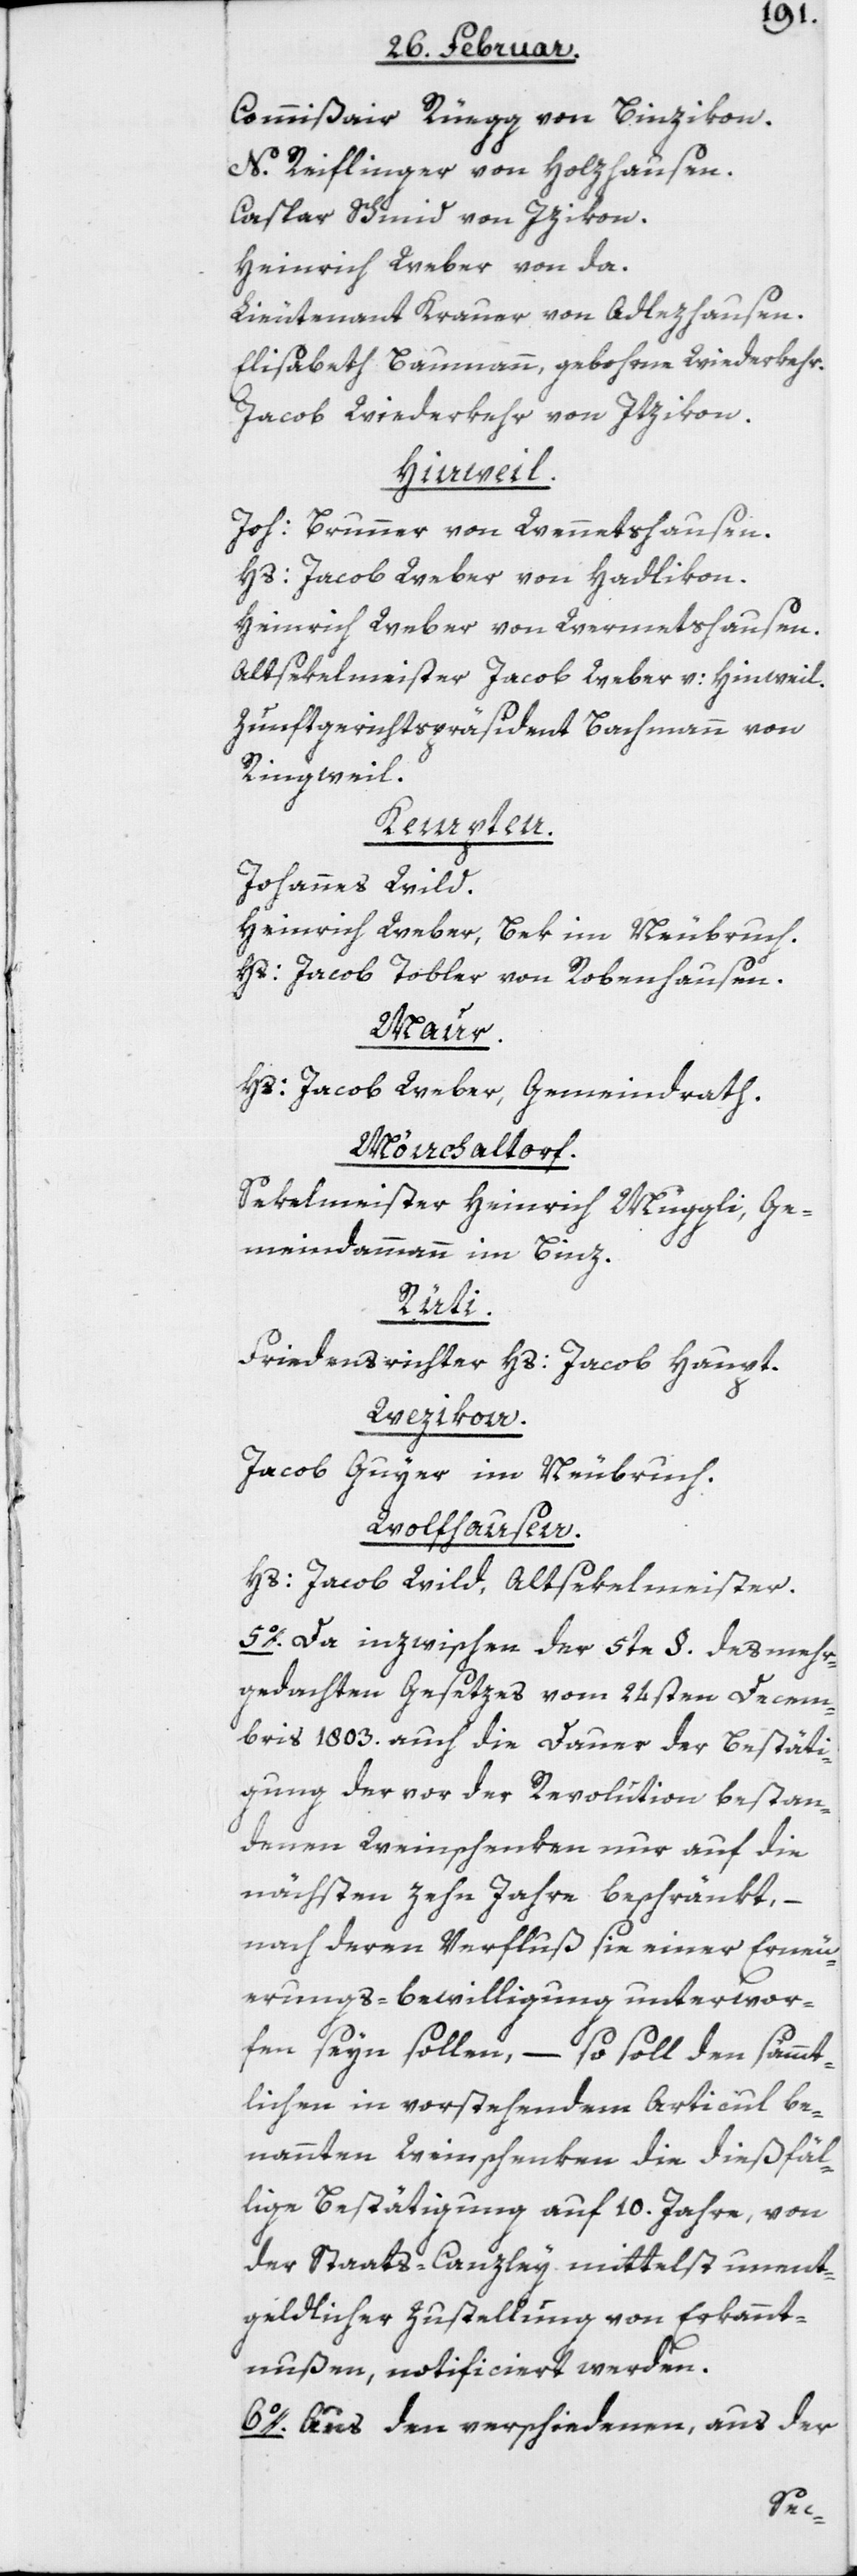
Commißair Rüegg von Binzikon.
N. Reiflinger von Holzhausen.
Caspar Schmid von Izikon.
Heinrich Weber von da.
Lieutenant Krauer von Adlezhausen.
Elisabeth Baumann, gebohrne Wiederkehr.
Jacob Wiederkehr von Itzikon.
Hinweil.
Joh: Brunner von Wennetshausen.
Hs: Jacob Weber von Hadlikon.
Heinrich Weber von Wermetshausen.
Altsekelmeister Jacob Weber v: Hinweil.
Zunftgerichtspräsident Bachmann von
Ringweil.
Kempten.
Johannes Wild.
Heinrich Weber, Bek im Neubruch.
Hs: Jacob Tobler von Robenhausen.
Maur.
Hs: Jacob Weber, Gemeindrath.
Mönchaltorf.
Sekelmeister Heinrich Muggli, Ge¬
meindammann im Binz.
Rüti.
Friedensrichter Hs: Jacob Haupt.
Wezikon.
Jacob Guyer im Neubruch.
Wolfhausen.
Hs: Jacob Wild, Altsekelmeister.
5o. Da inzwischen der 5te §. des mehr¬
gedachten Gesetzes vom 24sten Decem¬
bris 1803. auch die Dauer der Bestäti¬
gung der vor der Revolution bestan¬
denen Weinschenken nur auf die
nächsten zehn Jahre beschränkt, –
nach deren Verfluß sie einer Erneu¬
erungs-bewilligung unterwor¬
fen seyn sollen, – so soll den sämmt¬
lichen in vorstehendem Articul be¬
nannten Weinschenken die dießfäl¬
lige Bestätigung auf 10. Jahre, von
der Staats-Canzley mittelst unent¬
geldlicher Zustellung von Erkannt¬
nußen, notificiert werden.
6o. Aus den verschiedenen, aus der